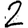
Digit: 2